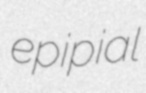
epipial